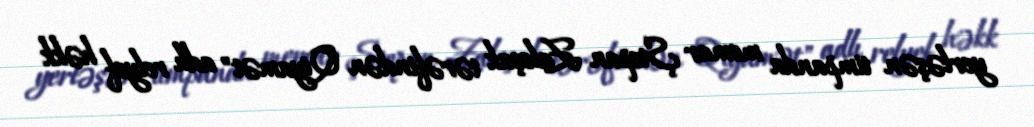
yerləşən timpanda memar Ştepan Zaleşak tərəfindən "Qiyamət" adlı relyef həkk